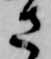
さ